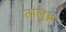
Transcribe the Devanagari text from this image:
तालूङ्ग